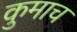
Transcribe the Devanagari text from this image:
कुमाच